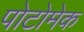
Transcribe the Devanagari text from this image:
पोटोमेक